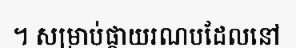
។ សម្រាប់ផ្កាយរណបដែលនៅ